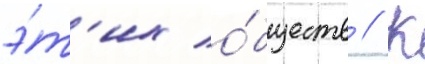
э́т'их о́бществ // К